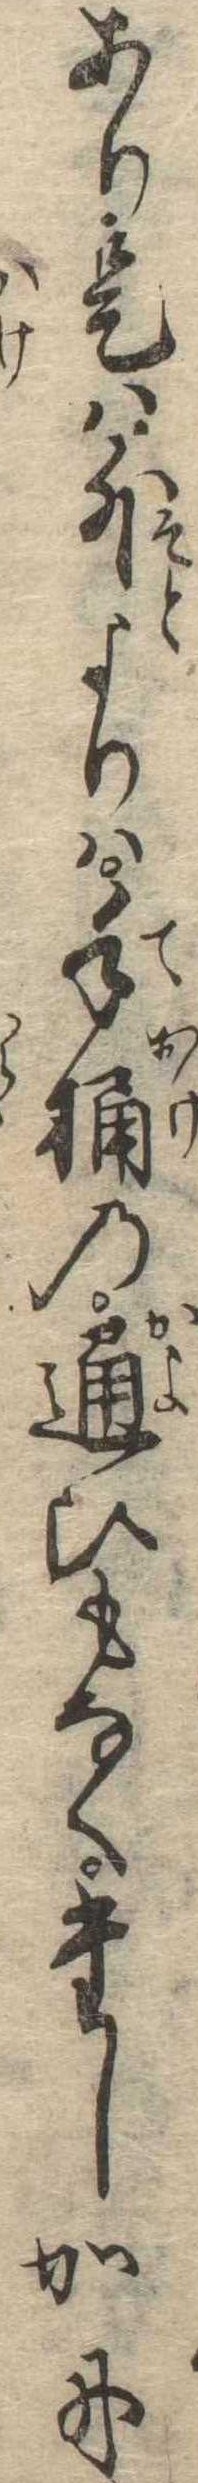
あり是は外よりは手桶の通ひもなくたしかに